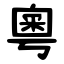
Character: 粵